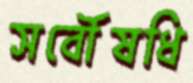
সর্বৌষধি